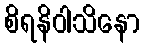
စိရနိဝါသိနော